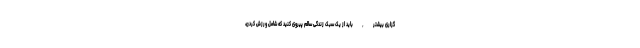
گزاری بیشتر , باید از یک سبک زندگی سالم پیروی کنید که شامل ورزش کردن،